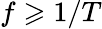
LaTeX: f\geqslant 1/T